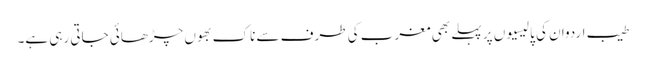
طیب اردوان کی پالیسیوں پر پہلے بھی مغرب کی طرف سے ناک بھوں چڑھائی جاتی رہی ہے۔